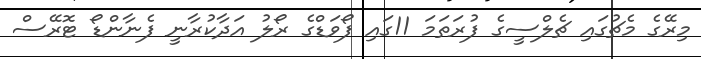
މިރޭގެ މެޗުގައި ޗެލްސީގެ ފުރަތަމަ 11ގައި ފޯވަޑްގެ ރޯލު އަދާކުރާނީ ފެނާންޑޯ ޓޮރޭސް